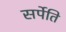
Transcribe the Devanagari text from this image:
सर्पेति